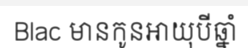
Blac មានកូនអាយុបីឆ្នាំ